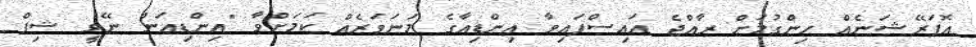
އޮޕަރޭޝަނެއް ހިންގުމަށް ރާއްޖެ އައިސްފައިވާ އިންޑިއާގެ މަނަވަރެއް ކަމަށްވާ "އިންޑިއަން ނޭވީ ޝިޕް